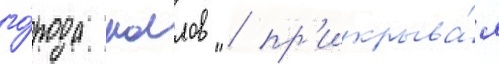
го́рода маллов / пр'икрыва́я